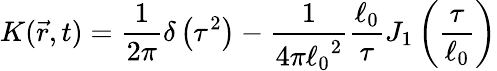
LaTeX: K(\vec{r},t)=\frac{1}{2\pi}\delta\left(\tau^{2}\right)-\frac{1}{4\pi{\ell_{0}}^{2}}\frac{\ell_{0}}{\tau}J_{1}\left(\frac{\tau}{\ell_{0}}\right)